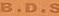
B.D.S